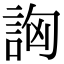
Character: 詾